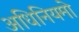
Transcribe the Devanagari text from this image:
अधिनियमो